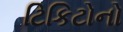
ટિકિટોનો